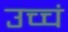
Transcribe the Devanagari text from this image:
उच्चं